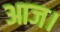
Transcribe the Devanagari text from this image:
आज।